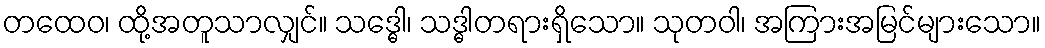
တထေဝ၊ ထို့အတူသာလျှင်။ သဒ္ဓေါ၊ သဒ္ဓါတရားရှိသော။ သုတဝါ၊ အကြားအမြင်များသော။